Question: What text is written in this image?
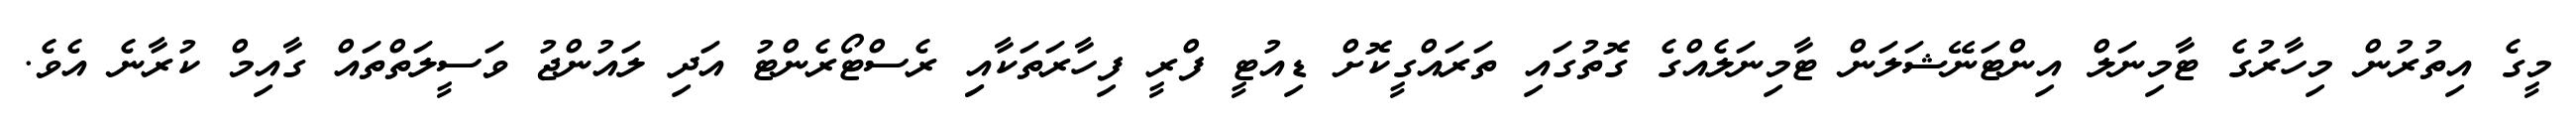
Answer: މީގެ އިތުރުން މިހާރުގެ ޓާމިނަލް އިންޓަނޭޝަލަން ޓާމިނަލެއްގެ ގޮތުގައި ތަރައްގީކޮށް ޑިއުޓީ ފްރީ ފިހާރަތަކާއިި ރެސްޓޯރެންޓު އަދި ލައުންޖު ވަސީލަތްތައް ގާއިމް ކުރާނެ އެވެ.